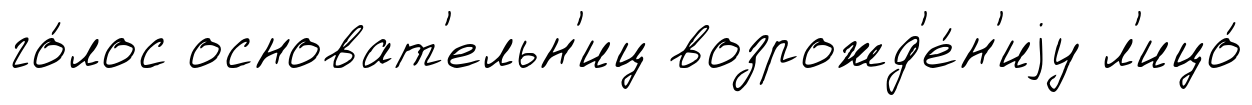
го́лос основат'ельн'иц возрожд'е́н'иjу л'ицо́